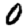
Digit: 0